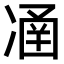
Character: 𠗴